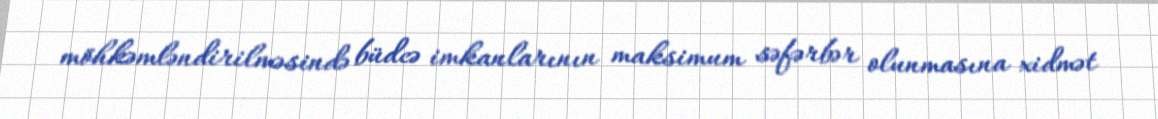
möhkəmləndirilməsində büdcə imkanlarının maksimum səfərbər olunmasına xidmət